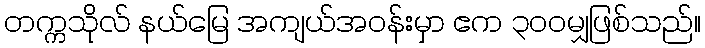
တက္ကသိုလ် နယ်မြေ အကျယ်အဝန်းမှာ ဧက ၃၀၀မျှဖြစ်သည်။